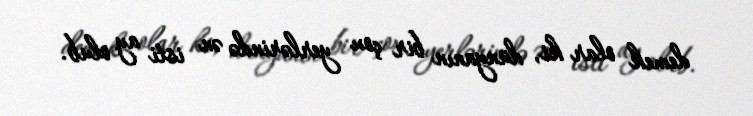
demek olar ki, dünyanın bir çox yerlərində ən isti ay olub.